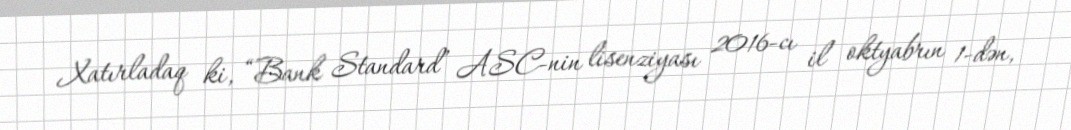
Xatırladaq ki, “Bank Standard” ASC-nin lisenziyası 2016-cı il oktyabrın 1-dən,